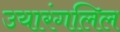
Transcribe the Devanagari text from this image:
उयारंगलिल